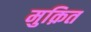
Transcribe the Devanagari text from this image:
मुक़ित